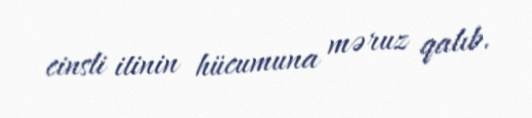
cinsli itinin hücumuna məruz qalıb.